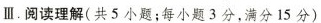
Ⅲ.阅读理解（共5小题；每小题3分，满分15分）